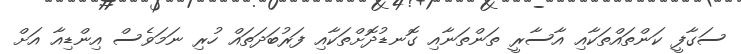
ސަގާފީ ކަންތައްތަކާއި އާސާރީ ތަންތަނާއި ގޮނޑުދޮށްތަކާއި ފަރުބަދަތައް ހުރި ނަމަވެސް އިންޑިއާ އަށް